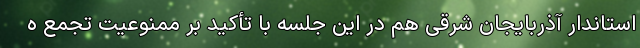
استاندار آذربایجان شرقی هم در این جلسه با تأکید بر ممنوعیت تجمع ه